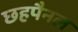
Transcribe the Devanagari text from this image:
छहपैनल